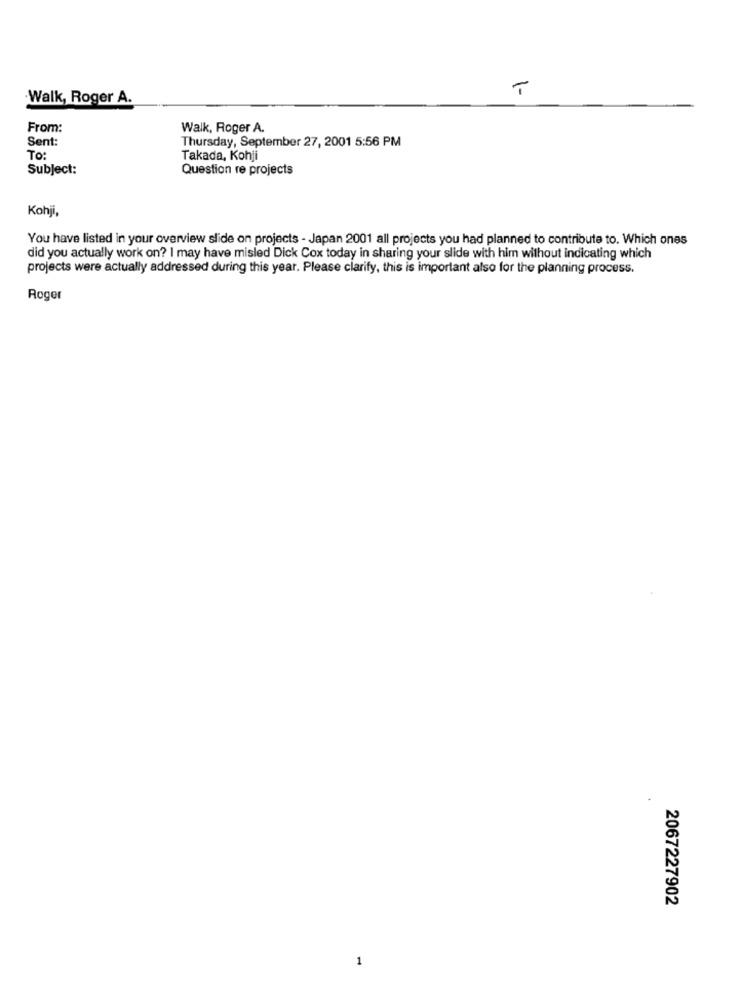
T
Walk, Roger A.
From:
Walk, Roger A.
Sent:
Thursday, September 27, 2001 5:56 PM
To:
Takada, Kohji
Subject:
Question re projects
Kohji,
You have listed in your overview slide on projects - Japan 2001 all projects you had planned to contribute to. Which ones
did you actually work on? I may have misled Dick Cox today in sharing your slide with him without indicating which
projects were actually addressed during this year. Please clarify, this is important also for the planning process.
Roger
2067227902
1